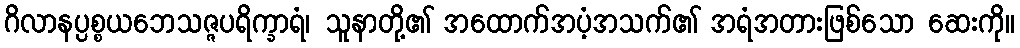
ဂိလာနပ္ပစ္စယဘေသဇ္ဇပရိက္ခာရံ၊ သူနာတို့၏ အထောက်အပံ့အသက်၏ အရံအတားဖြစ်သော ဆေးကို။